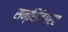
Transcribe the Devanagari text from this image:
सन्धिविग्रह